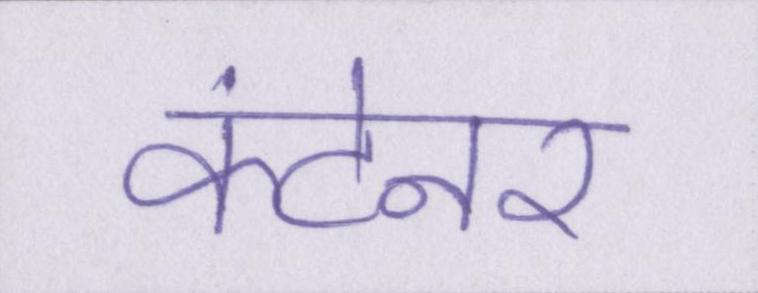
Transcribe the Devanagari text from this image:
कंटेनर